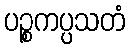
ပဉ္စကပ္ပသတံ